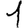
Digit: 1